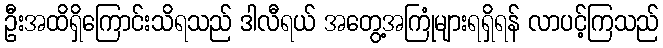
ဦးအထိရှိကြောင်းသိရသည် ဒါလီရယ် အတွေ့အကြုံများရရှိရန် လာပင့်ကြသည်